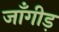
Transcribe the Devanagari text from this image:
जाँगीड़